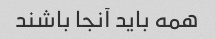
همه باید آنجا باشند